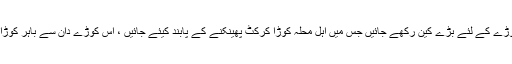
شہر کے گلی محلوں میں مختلف مقامات پرکوڑے کے لئے بڑے کین رکھے جائیں جس میں اہل محلہ کوڑا کرکٹ پھینکنے کے پابند کیئے جائیں ، اس کوڑے دان سے باہر کوڑا پھینکنے والے اہل محلہ کو جرمانہ کیاجائے۔